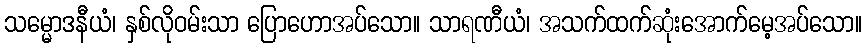
သမ္မောဒနီယံ၊ နှစ်လိုဝမ်းသာ ပြောဟောအပ်သော။ သာရဏီယံ၊ အသက်ထက်ဆုံးအောက်မေ့အပ်သော။